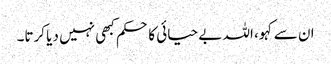
ان سے کہو، اللہ بے حیائی کا حکم کبھی نہیں دیا کرتا۔